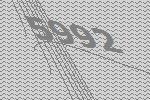
5992